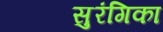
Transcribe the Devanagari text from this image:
सुरंगिका